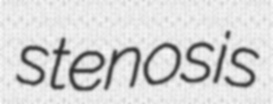
stenosis